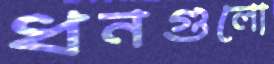
ধনগুলো